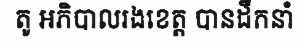
តូ អភិបាលរងខេត្ត បានដឹកនាំ